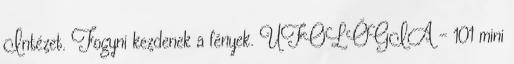
Intézet. Fogyni kezdenek a fények. UFOLÓGIA - 101 mini